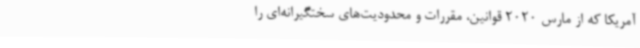
آمریکا که از مارس 2020 قوانین، مقررات و محدودیت‌های سختگیرانه‌ای را